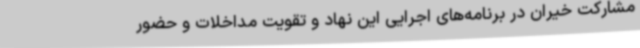
مشارکت خیران در برنامه‌های اجرایی این نهاد و تقویت مداخلات و حضور